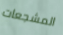
المشجعات